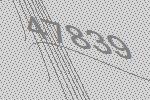
47839